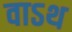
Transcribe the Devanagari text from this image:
वाऽथ